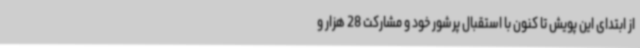
از ابتدای این پویش تا کنون با استقبال پرشور خود و مشارکت 28 هزار و